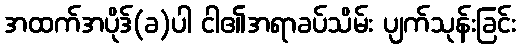
အထက်အပိုဒ်(ခ)ပါ ငါ၏အရာခပ်သိမ်း ပျက်သုန်းခြင်း